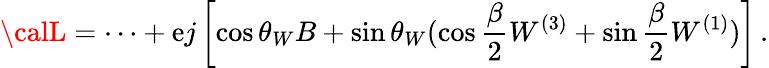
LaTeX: {\calL}=\cdots+\mathrm{e}j\left[\cos\theta_{W}B+\sin\theta_{W}(\cos\frac{{\beta}}{{2}}W^{(3)}+\sin\frac{{\beta}}{{2}}W^{(1)})\right]\, .